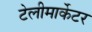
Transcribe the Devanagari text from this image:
टेलीमार्केटर